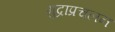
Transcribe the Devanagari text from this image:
मुद्राप्रचलन